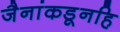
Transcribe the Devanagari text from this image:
जैनांकडूनहि